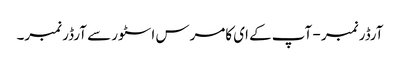
آرڈر نمبر - آپ کے ای کامرس اسٹور سے آرڈر نمبر۔